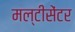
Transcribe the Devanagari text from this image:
मल्टीसेंटर